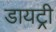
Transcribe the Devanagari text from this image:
डायट्री